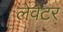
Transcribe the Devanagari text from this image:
लेवेटर